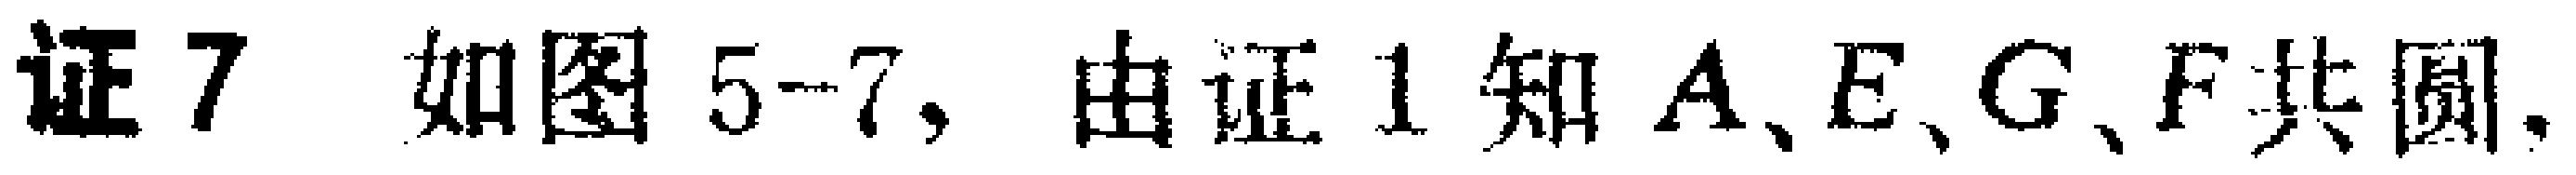
证7 如图5-7, 由证1知 \(A、E、G、F\)共圆.